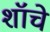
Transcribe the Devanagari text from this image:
शॉचे